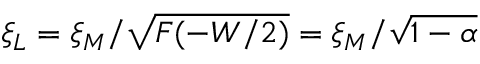
\xi _ { L } = \xi _ { M } / \sqrt { F ( - W / 2 ) } = \xi _ { M } / \sqrt { 1 - \alpha }